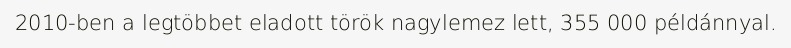
2010-ben a legtöbbet eladott török nagylemez lett, 355 000 példánnyal.